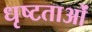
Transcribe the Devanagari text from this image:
धृष्टताओं